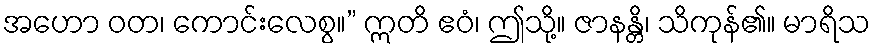
အဟော ဝတ၊ ကောင်းလေစွ။” ဣတိ ဧဝံ၊ ဤသို့။ ဇာနန္တိ၊ သိကုန်၏။ မာရိသ